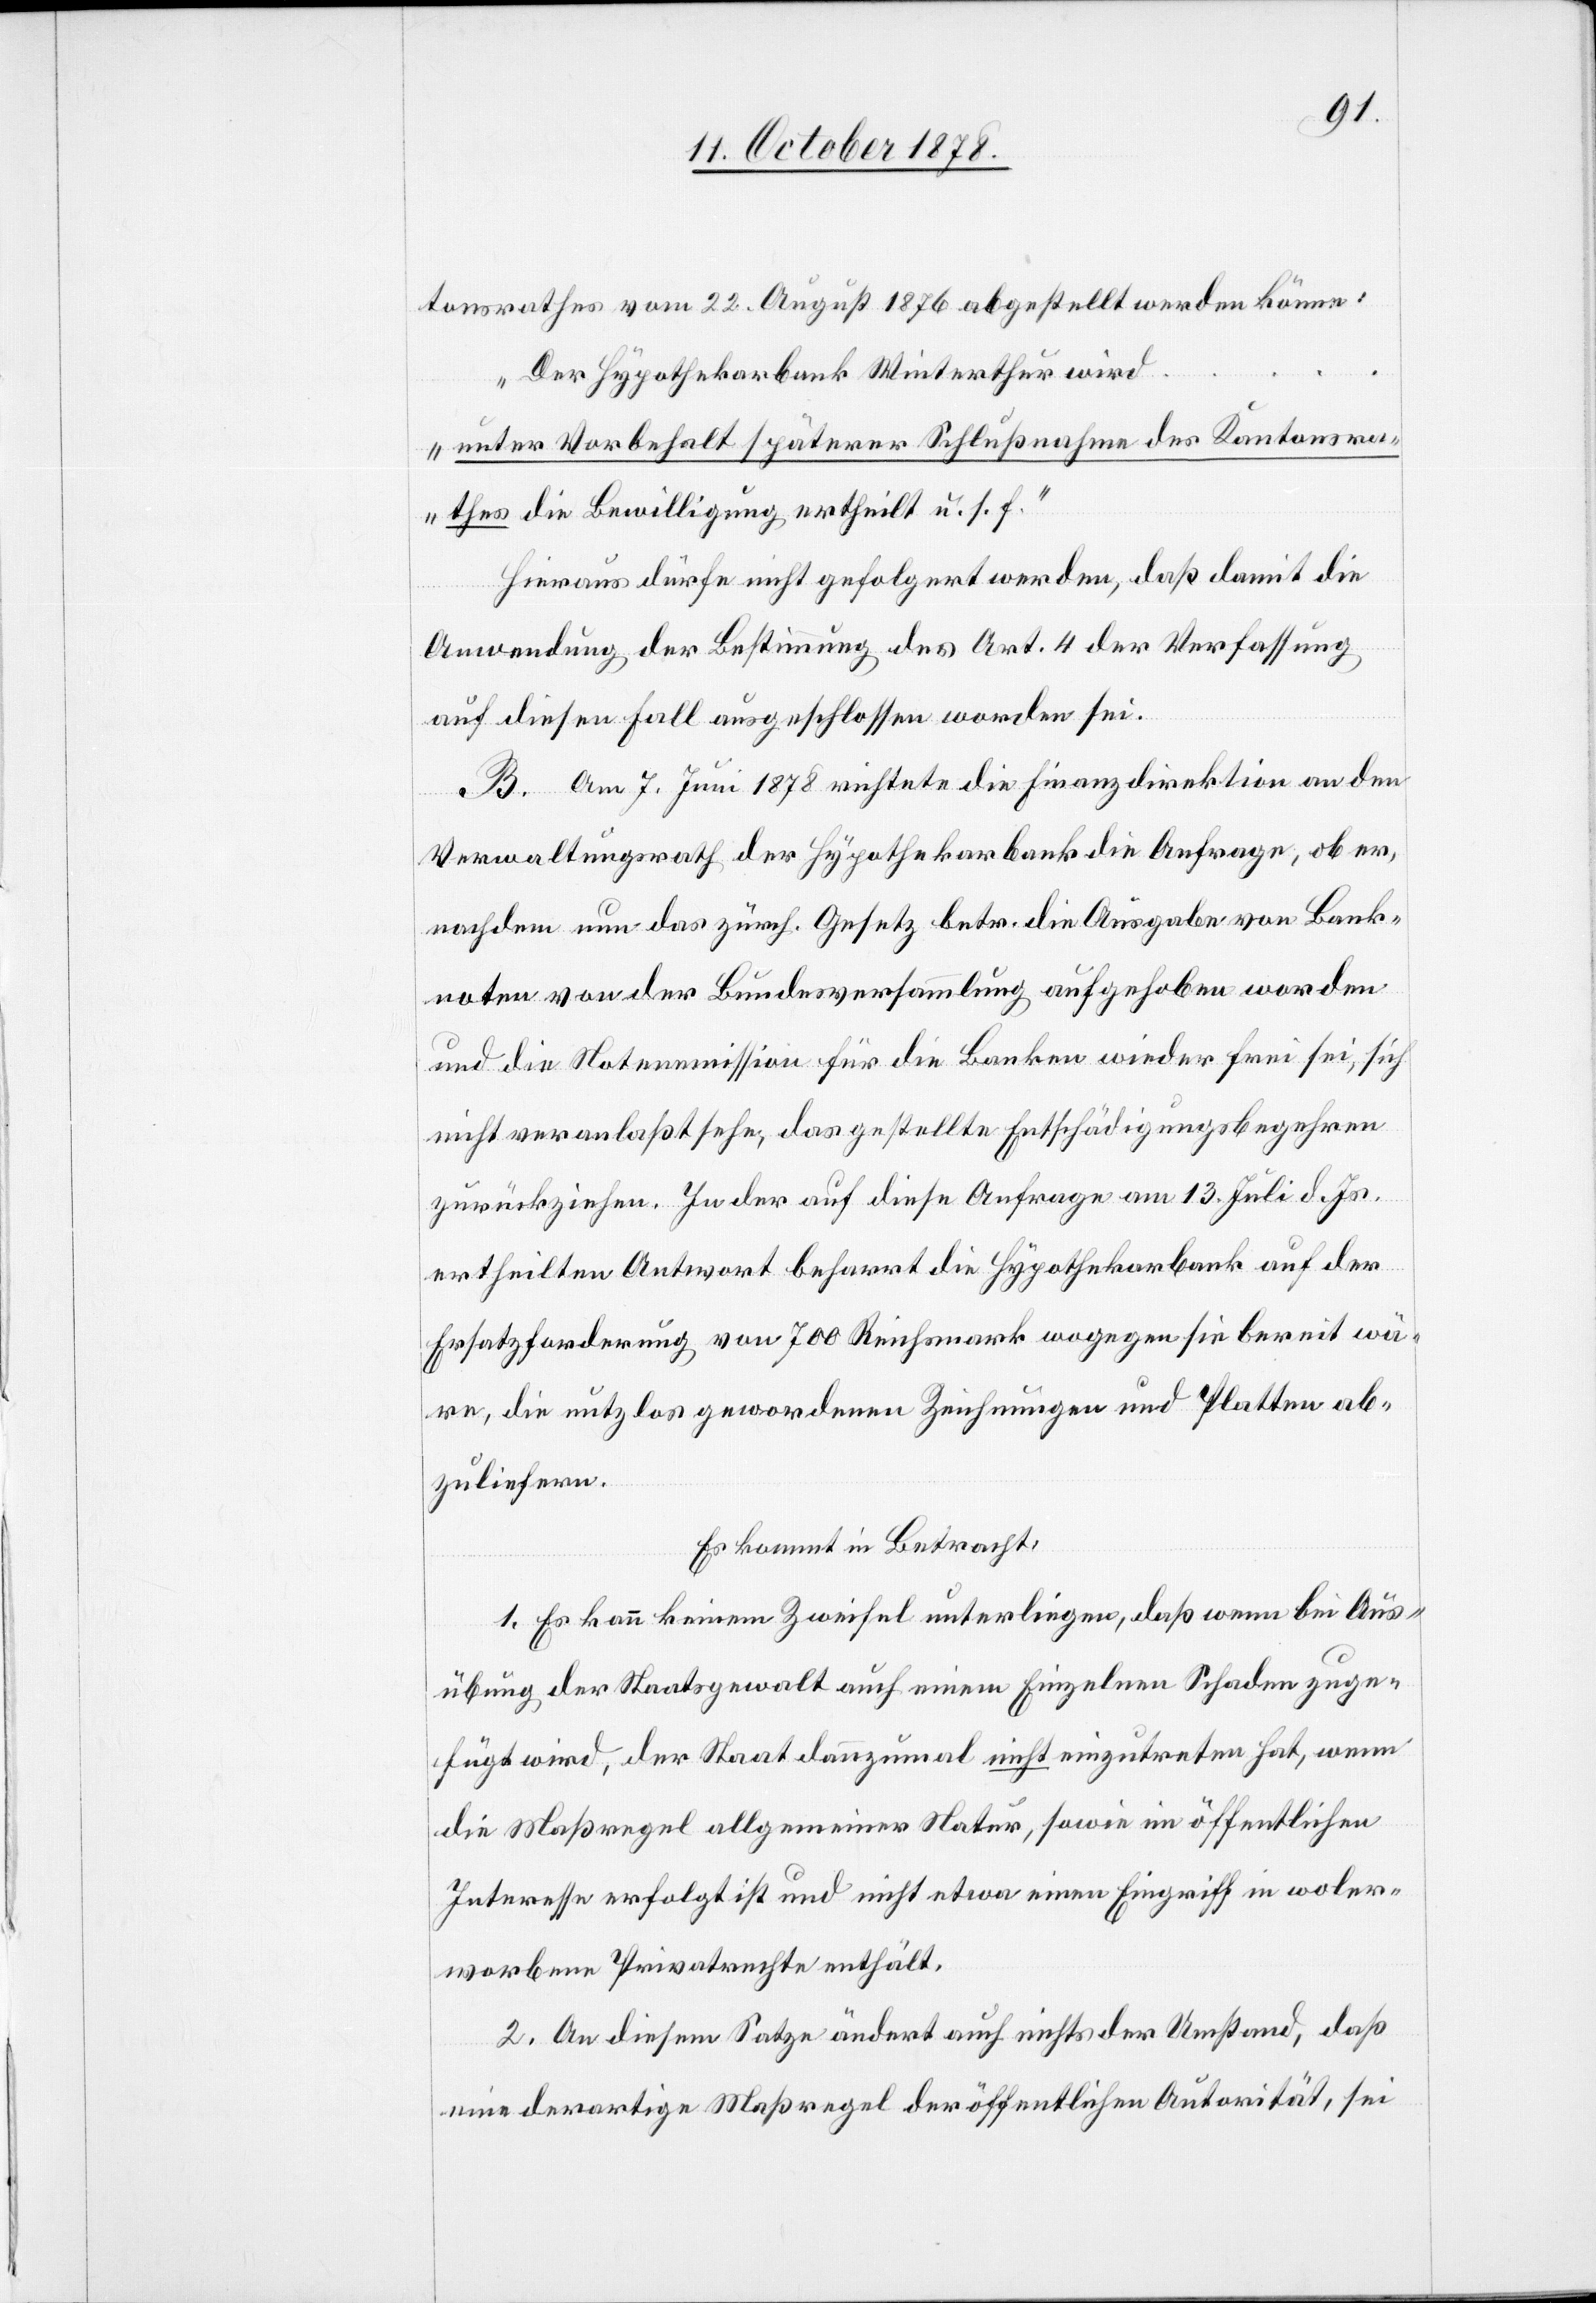
tonsrathes vom 22. August 1876 abgestellt werden könne:
„Der Hypothekarbank Winterthur wird
unter Vorbehalt späterer Schlußnahme des Kantonsra¬
thes die Bewilligung ertheilt u. s. f.“
Hieraus dürfe nicht gefolgert werden, daß damit die
Anwendung der Bestimmung des Art. 4 der Verfassung
auf diesen Fall ausgeschlossen worden sei.
B. Am 7. Juni 1878 richtete die Finanzdirektion an den
Verwaltungsrath der Hypothekarbank die Anfrage, ob er,
nachdem nun das zürch. Gesetz betr. die Ausgabe von Bank¬
noten von der Bundesversammlung aufgehoben worden
und die Notenmission für die Banken wieder frei sei, sich
nicht veranlaßt sehe, das gestellte Entschädigungsbegehren
zurückziehen. In der auf diese Anfrage am 13. Juli d. Js.
ertheilten Antwort beharrt die Hypothekarbank auf der
Ersatzforderung von 700 Reichsmark wogegen sie bereit wä¬
re, die nutzlos gewordenen Zeichnungen und Platten ab¬
zuliefern.
Es kommt in Betracht:
1. Es kann keinem Zweifel unterliegen, daß wenn bei Aus¬
übung der Staatsgewalt auch einem Einzelnen Schaden zuge¬
fügt wird, der Staat dannzumal nicht einzutreten hat, wenn
die Maßregel allgemeiner Natur, sowie im öffentlichen
Interesse erfolgt ist und nicht etwa einen Eingriff in woler¬
worbene Privatrechte enthält.
2. An diesem Satze ändert auch nicht der Umstand, daß
eine derartige Maßregel der öffentlichen Autorität, sei